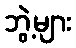
ဘွဲ့များ